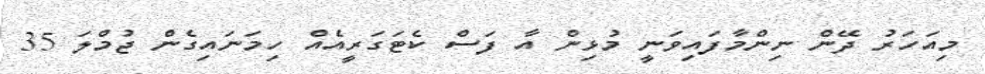
މިއަހަރު ދޭން ނިންމާފައިވަނީ މުޅިން އާ ފަސް ކެޓަގަރީއެއް ހިމަނައިގެން ޖުމްލަ 35